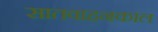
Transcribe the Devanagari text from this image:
सातवाहनकाल